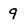
Character: 9